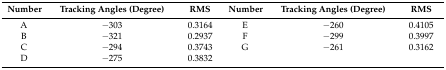
| Number | Tracking Angles (Degree) | RMS | Number | Tracking Angles (Degree) | RMS |
 | --- | --- | --- | --- | --- | --- |
 | A | −303 | 0.3164 | E | −260 | 0.4105 |
 | B | −321 | 0.2937 | F | −299 | 0.3997 |
 | C | −294 | 0.3743 | G | −261 | 0.3162 |
 | D | −275 | 0.3832 |  |  |  |